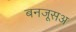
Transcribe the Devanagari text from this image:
बनजूसअ